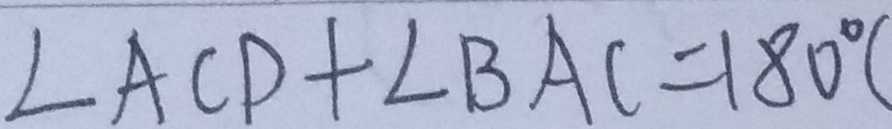
\angle A C D + \angle B A C = 1 8 0 ^ { \circ } (